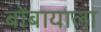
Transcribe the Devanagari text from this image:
बोंबायाला